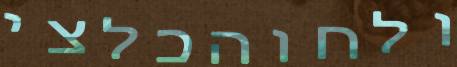
ולחוהכלצי